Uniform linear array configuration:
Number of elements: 8
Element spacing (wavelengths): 1
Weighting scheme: uniform
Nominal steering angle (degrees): -30
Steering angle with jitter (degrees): -28.762
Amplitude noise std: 0.05
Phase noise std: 0.05

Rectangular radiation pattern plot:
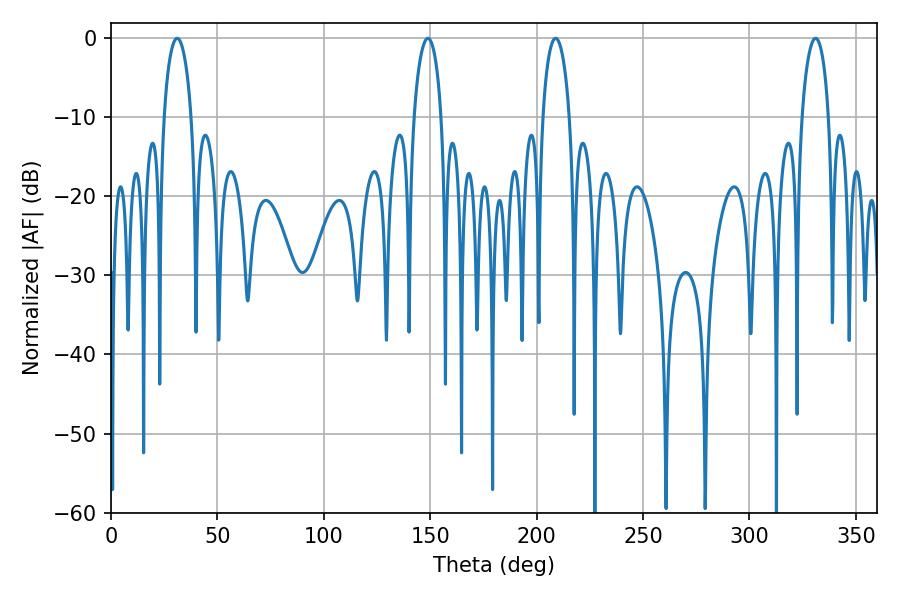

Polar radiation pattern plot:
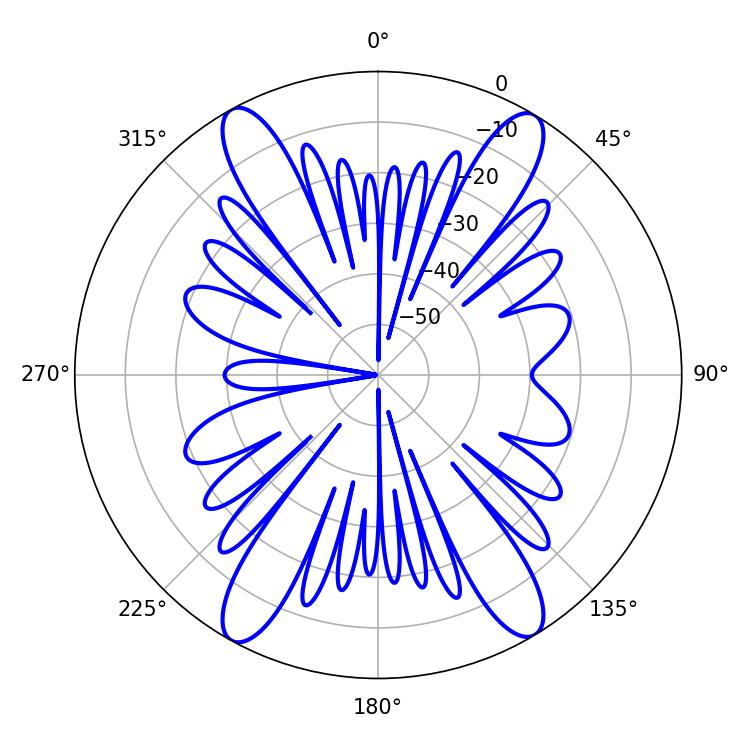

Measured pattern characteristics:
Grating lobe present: TRUE
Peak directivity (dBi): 21.532
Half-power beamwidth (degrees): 7.38
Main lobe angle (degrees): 31.14